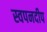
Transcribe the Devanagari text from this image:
स्वपनदीप